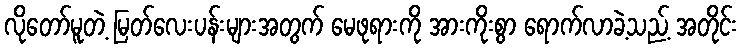
လိုတော်မူတဲ့ မြတ်လေးပန်းများအတွက် မေဖုရားကို အားကိုးစွာ ရောက်လာခဲ့သည့် အတိုင်း